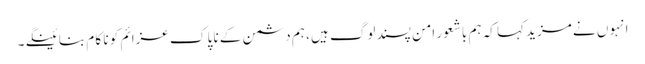
انہو ں نے مزید کہا کہ ہم باشعور امن پسند لوگ ہیں ، ہم دشمن کے نا پا ک عزائم کو نا کا م بنا ئینگے ۔